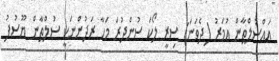
އައްސުލްޠާން ޢުމަރު (ދެވަނަ) ސިރީ ލޯކަ ސުންދުރަ މަހާ ރަދުންނަކީ ސުލްޠާން ޔޫސުފު